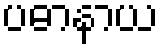
ပဓာနာယ